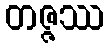
တဇ္ဇဿ